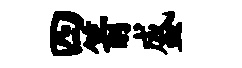
四箭盛